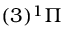
( 3 ) ^ { 1 } \Pi